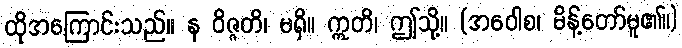
ထိုအကြောင်းသည်။ န ဝိဇ္ဇတိ၊ မရှိ။ ဣတိ၊ ဤသို့။ (အဝေါစ၊ မိန့်တော်မူ၏။)